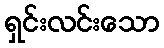
ရှင်းလင်းသော